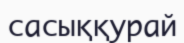
сасыққурай